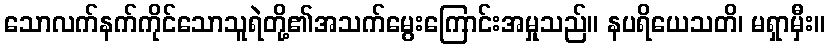
သောလက်နက်ကိုင်သောသူရဲတို့၏အသက်မွေးကြောင်းအမှုသည်။ နပရိယေသတိ၊ မရှာမှီး။